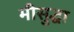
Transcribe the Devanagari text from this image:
मीसुद्धा